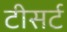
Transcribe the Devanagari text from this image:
टीसर्ट